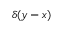
\delta ( y - x )